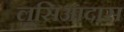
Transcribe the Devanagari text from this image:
लूसिआदास